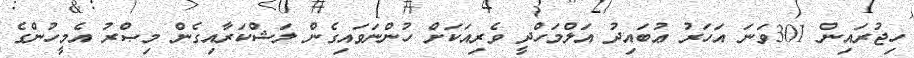
ހިޖުރައިން 301ވަނަ އަހަރު ޢުބައިދު އަލްމަހްދީ ވެރިއަކަށް ހުންނަވައިގެން ލަޝްކަރާއިގެން މިޞްރު އެމީހުންގެ